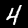
Label: 4